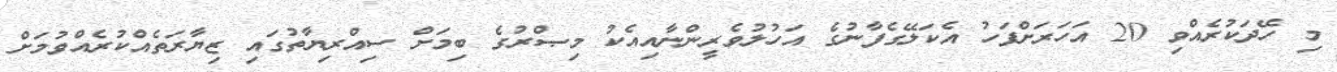
މި ހޭދަކުރެއްވި 20 އަހަރަށްފަހު އެކަލޭގެފާނުގެ އަހުލުވެރީންނާއިއެކު މިޞްރުގެ ބިމަށް ސިއްރިޔާތުގައި ޒިޔާރަތެއްކުރެއްވުމަށް